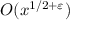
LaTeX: O ( x ^ { 1 / 2 + \varepsilon } )